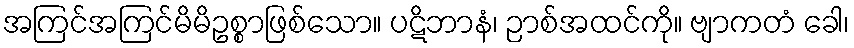
အကြင်အကြင်မိမိဥစ္စာဖြစ်သော။ ပဋိဘာနံ၊ ဉာစ်အထင်ကို။ ဗျာကတံ ခေါ၊